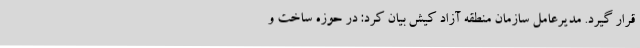
قرار گیرد. مدیرعامل سازمان منطقه آزاد کیش بیان کرد: در حوزه ساخت و